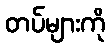
တပ်များကို